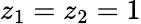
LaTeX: z_{1}=z_{2}=1